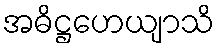
အဓိဋ္ဌဟေယျာသိ